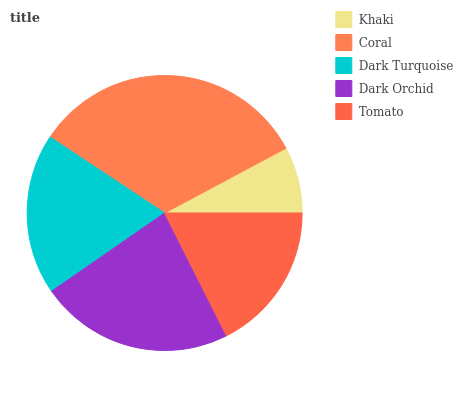
| Khaki | Coral | Dark Turquoise | Dark Orchid | Tomato |
 | --- | --- | --- | --- | --- |
 | 7.8% | 33% | 18.9% | 22.8% | 17.5% |